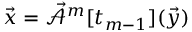
\vec { x } = \mathcal { \vec { A } } ^ { m } [ t _ { m - 1 } ] ( \vec { y } )